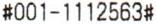
#001-1112563#